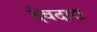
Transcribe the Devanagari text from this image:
देवदारा